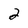
Character: 2